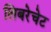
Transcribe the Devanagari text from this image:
लिबरेचेट